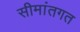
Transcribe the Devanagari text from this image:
सीमांतगत